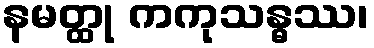
နမတ္ထု ကကုသန္ဓဿ၊